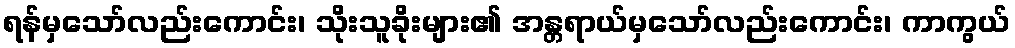
ရန်မှသော်လည်းကောင်း၊ သိုးသူခိုးများ၏ အန္တရာယ်မှသော်လည်းကောင်း၊ ကာကွယ်